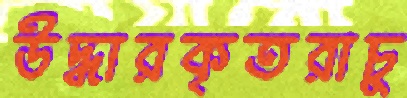
উদ্ধারকৃতরাচু